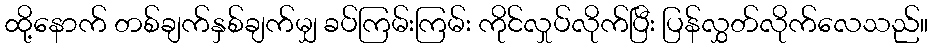
ထို့နောက် တစ်ချက်နှစ်ချက်မျှ ခပ်ကြမ်းကြမ်း ကိုင်လှုပ်လိုက်ပြီး ပြန်လွှတ်လိုက်လေသည်။